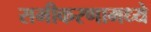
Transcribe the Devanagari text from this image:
समीकरणामध्ये